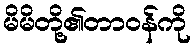
မိမိတို့၏တာဝန်ကို